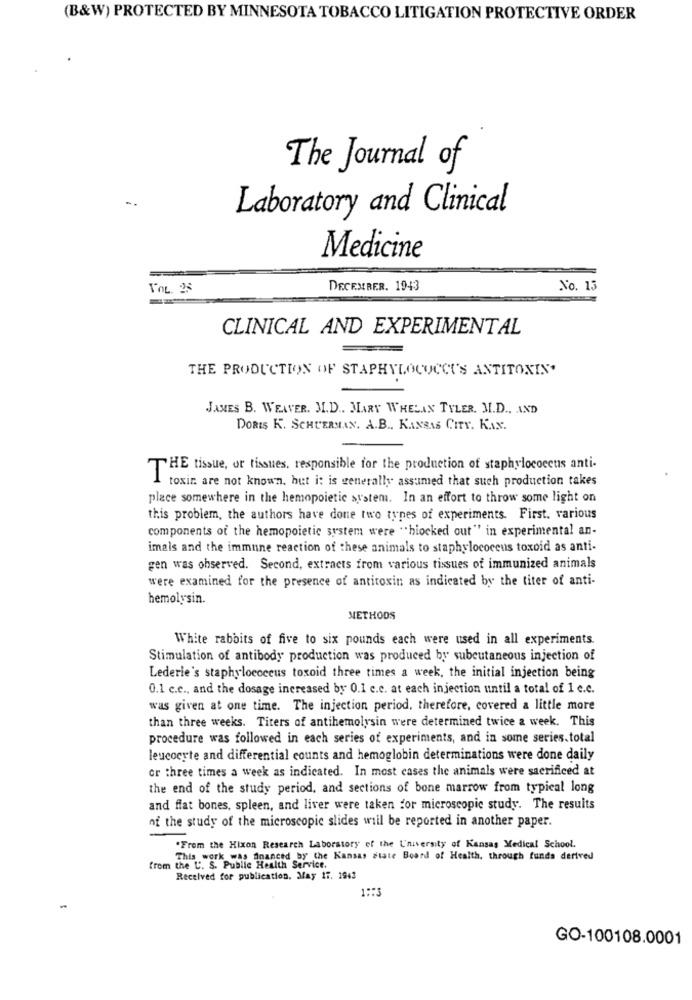
(B&W) PROTECTED BY MINNESOTA TOBACCO LITIGATION PROTECTIVE ORDER
The Journal of
Laboratory and Clinical
Medicine
VOL. 28
DECEMBER. 1943
No. 13
CLINICAL AND EXPERIMENTAL
THE PRODUCTION OF STAPHYLOCUCCU'S ANTITOXIN.
JAMES B. WEAVER. M.D ., MARY WHELAN TYLER. M.D ., AND
DORIS K. SCHUERMAN. A.B ., KANSAS CITY. KAN.
THE tissue, or tissues, responsible for the production of staphylococcus anti-
toxir. are not known. hut i: is generally assumed that such production takes
place somewhere in the hemopoietic system. In an effort to throw some light on
this problem, the authors have done two types of experiments. First. various
components of the hemopoietic system were "hiocked out" in experimental an-
imals and the immune reaction of these animals to staphylococcus toxoid as anti-
gen was observed. Second, extracts from various tissues of immunized animals
were examined for the presence of antitoxin as indicated by the titer of anti-
hemolysin.
METHODS
White rabbits of five to six pounds each were used in all experiments.
Stimulation of antibody production was produced by subcutaneous injection of
Lederie's staphylococcus toxoid three times a week, the initial injection being
0.1 c.c ., and the dosage increased by 0.1 c.c. at each injection until a total of 1 c.c.
was given at one time. The injection period, therefore, covered a little more
than three weeks. Titers of antihemolysin were determined twice a week. This
procedure was followed in each series of experiments, and in some series.total
leucocyte and differential counts and hemoglobin determinations were done daily
or three times a week as indicated. In most cases the animals were sacrificed at
the end of the study period, and sections of bone marrow from typical long
and flat bones, spleen, and liver were taken for microscopic study. The results
of the study of the microscopic slides will be reported in another paper.
"From the Hixon Research Laboratory of the University of Kansas Medical School.
This work was financed by the Kansas state Board of Health. through funda derived
from the U. S. Public Health Service.
Received for publication. May 17. 1943
1:3
GO-100108.0001